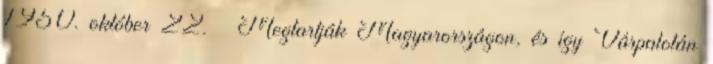
1950. október 22. – Megtartják Magyarországon, és így Várpalotán